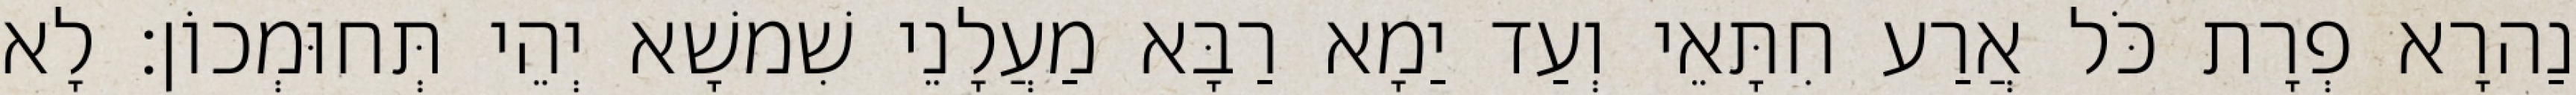
נַהרָא פְרָת כֹּל אֲרַע חִתָּאֵי וְעַד יַמָא רַבָּא מַעֲלָנֵי שִׁמשָׁא יְהֵי תְּחוּמְכוֹן׃ לָא